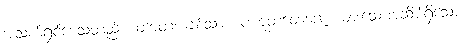
အသက်ရှင်စေသတည်း။ တာတ၊ ချစ်သား။ ပဟူတတေဇော၊ များသောအဆိပ်ရှိသော။